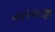
નસરવાનજી